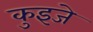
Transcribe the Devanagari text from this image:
कुइजे